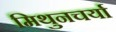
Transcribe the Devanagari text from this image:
मिथुनचर्या